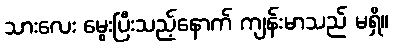
သားလေး မွေးပြီးသည့်နောက် ကျန်းမာသည် မရှိ။